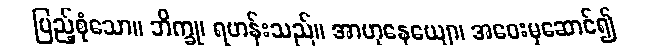
ပြည့်စုံသော။ ဘိက္ခု၊ ရဟန်းသည်။ အာဟုနေယျော၊ အဝေးမှဆောင်၍